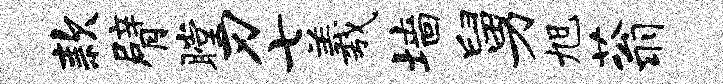
款臂瞠刃七羲墙舅旭蓊